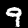
Digit: 9